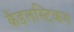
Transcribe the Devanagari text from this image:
कैंडलस्टिकग